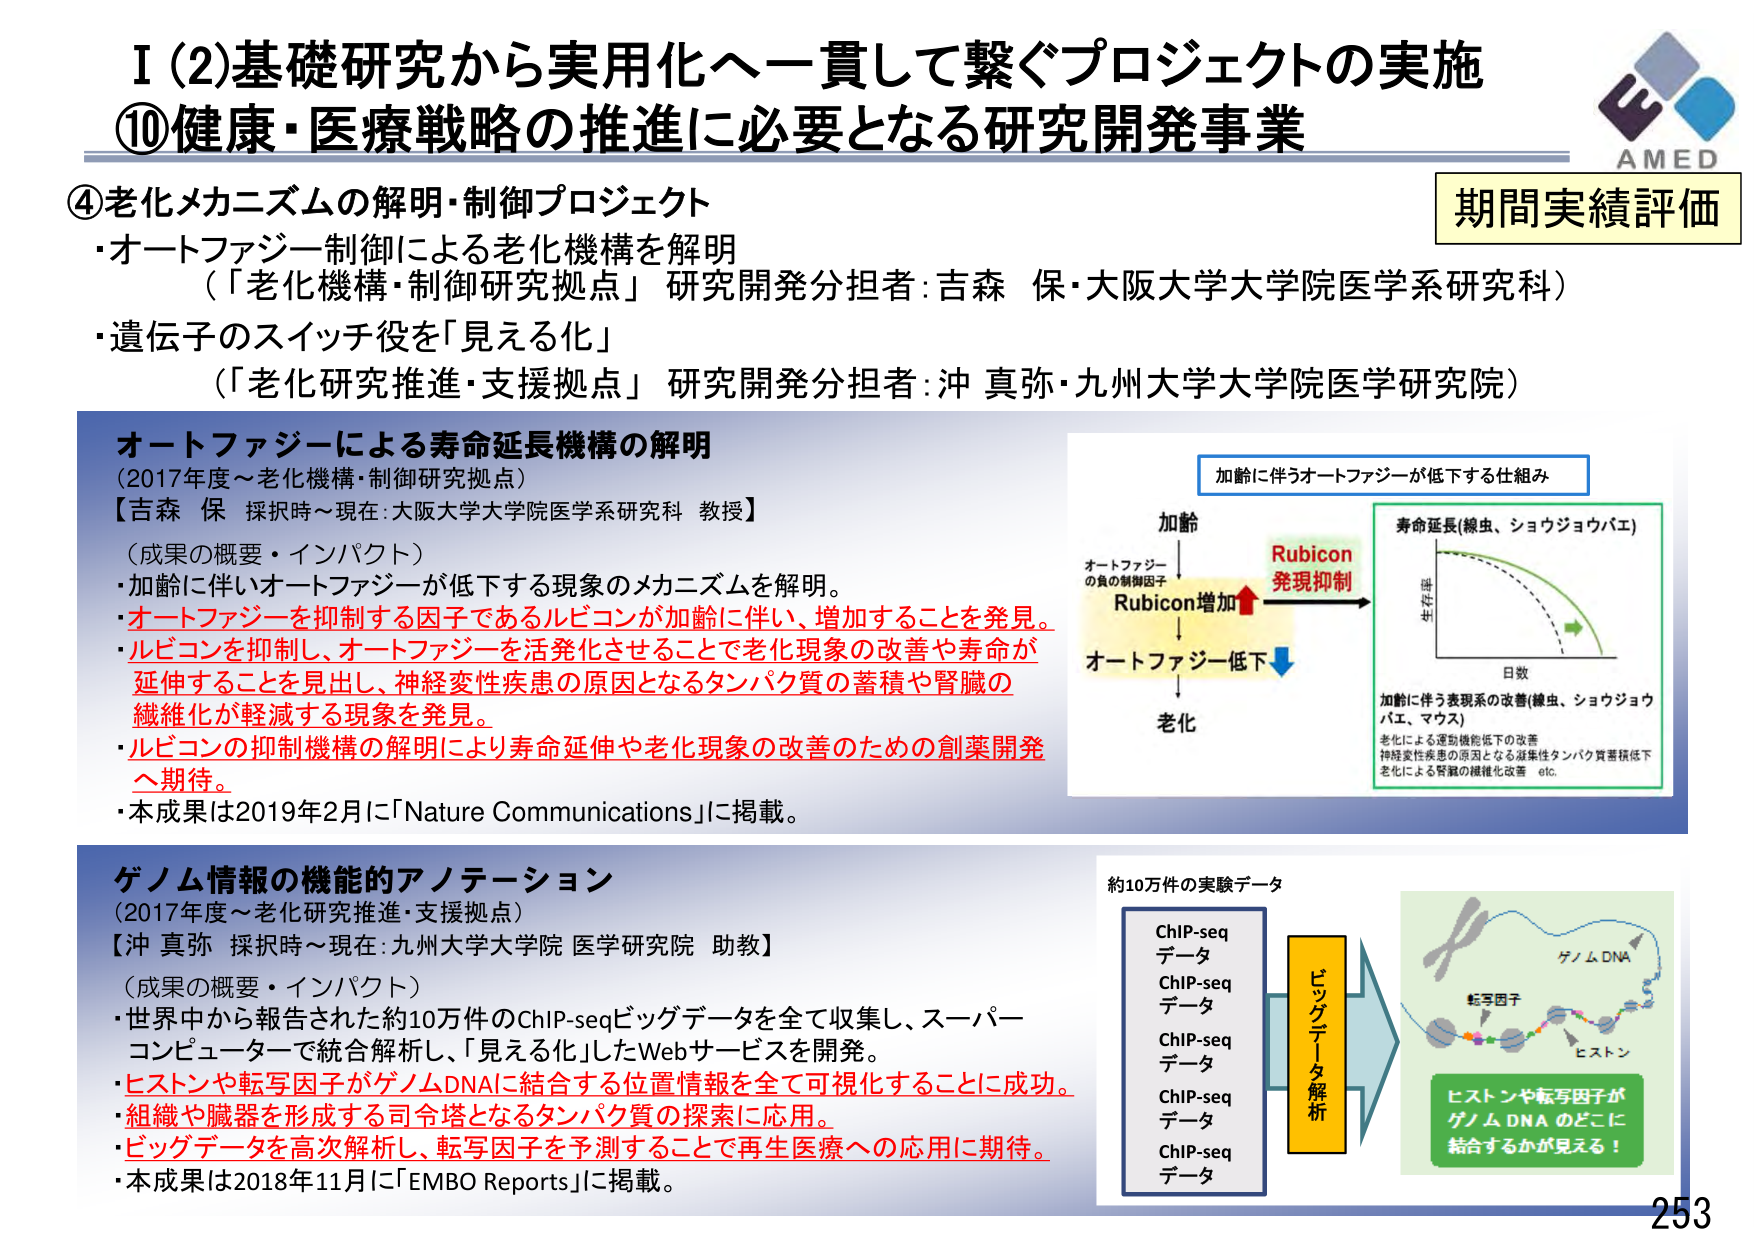
I (2)基礎研究から実用化へ一貫して繋ぐプロジェクトの実施
⑩健康・医療戦略の推進に必要となる研究開発事業

④老化メカニズムの解明・制御プロジェクト
・オートファジー制御による老化機構を解明
（「老化機構・制御研究拠点」研究開発分担者：吉森 保・大阪大学大学院医学系研究科）
・遺伝子のスイッチ役を「見える化」
（「老化研究推進・支援拠点」研究開発分担者：沖 真弥・九州大学大学院医学研究院）

期間実績評価

オートファジーによる寿命延長機構の解明
（2017年度～老化機構・制御研究拠点）
【吉森 保 採択時～現在：大阪大学大学院医学系研究科 教授】
（成果の概要・インパクト）
・加齢に伴いオートファジーが低下する現象のメカニズムを解明。
・オートファジーを抑制する因子であるルビコンが加齢に伴い、増加することを発見。
・ルビコンを抑制し、オートファジーを活発化させることで老化現象の改善や寿命が延伸することを見出し、神経変性疾患の原因となるタンパク質の蓄積や腎臓の繊維化が軽減する現象を発見。
・ルビコンの抑制機構の解明により寿命延伸や老化現象の改善のための創薬開発へ期待。
・本成果は2019年2月に「Nature Communications」に掲載。

加齢に伴うオートファジーが低下する仕組み
加齢
オートファジーの負の制御因子
Rubicon増加
→
オートファジー低下
→
老化
Rubicon 発現抑制

寿命延長（線虫、ショウジョウバエ）
生存率
日数
加齢に伴う表現系の改善（線虫、ショウジョウバエ、マウス）
老化による運動機能低下の改善
神経変性疾患の原因となる凝集性タンパク質蓄積低下
老化による腎臓の繊維化改善 etc.

ゲノム情報の機能的アノテーション
（2017年度～老化研究推進・支援拠点）
【沖 真弥 採択時～現在：九州大学大学院 医学研究院 助教】
（成果の概要・インパクト）
・世界中から報告された約10万件のChIP-seqビッグデータを全て収集し、スーパーコンピュータで統合解析し、「見える化」したWebサービスを開発。
・ヒストンや転写因子がゲノムDNAに結合する位置情報を全て可視化することに成功。
・組織や臓器を形成する司令塔となるタンパク質の探索に応用。
・ビッグデータを高次解析し、転写因子を予測することで再生医療への応用に期待。
・本成果は2018年11月に「EMBO Reports」に掲載。

約10万件の実験データ
ChIP-seq データ
ChIP-seq データ
ChIP-seq データ
ChIP-seq データ
ChIP-seq データ
ビッグデータ解析
ゲノムDNA
転写因子
ヒストン
ヒストンや転写因子がゲノムDNAのどこに結合するかが見える！

AMED
253